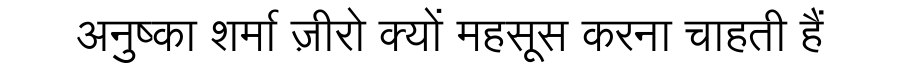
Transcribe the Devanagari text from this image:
अनुष्का शर्मा ज़ीरो क्यों महसूस करना चाहती हैं